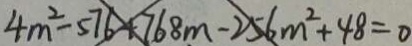
4 m ^ { 2 } - 5 7 6 + 7 6 8 m - 2 5 6 m ^ { 2 } + 4 8 = 0